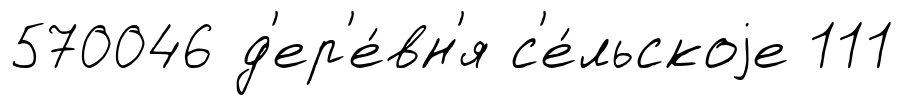
570046 д'ер'е́вн'я с'е́льскоjе 111